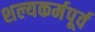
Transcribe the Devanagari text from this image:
शल्यकर्मपूर्व